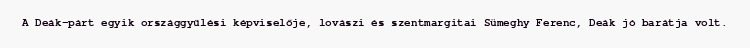
A Deák-párt egyik országgyűlési képviselője, lovászi és szentmargitai Sümeghy Ferenc, Deák jó barátja volt.